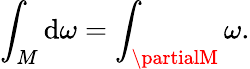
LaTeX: \int_{M}\mathrm{d}\omega=\int_{\partialM}\omega.